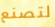
لتصنع